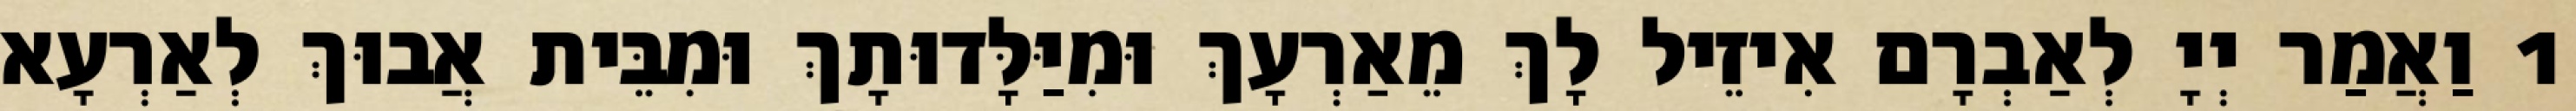
1 וַאֲמַר יְיָ לְאַבְרָם אִיזֵיל לָךְ מֵאַרְעָךְ וּמִיַּלָּדוּתָךְ וּמִבֵּית אֲבוּךְ לְאַרְעָא